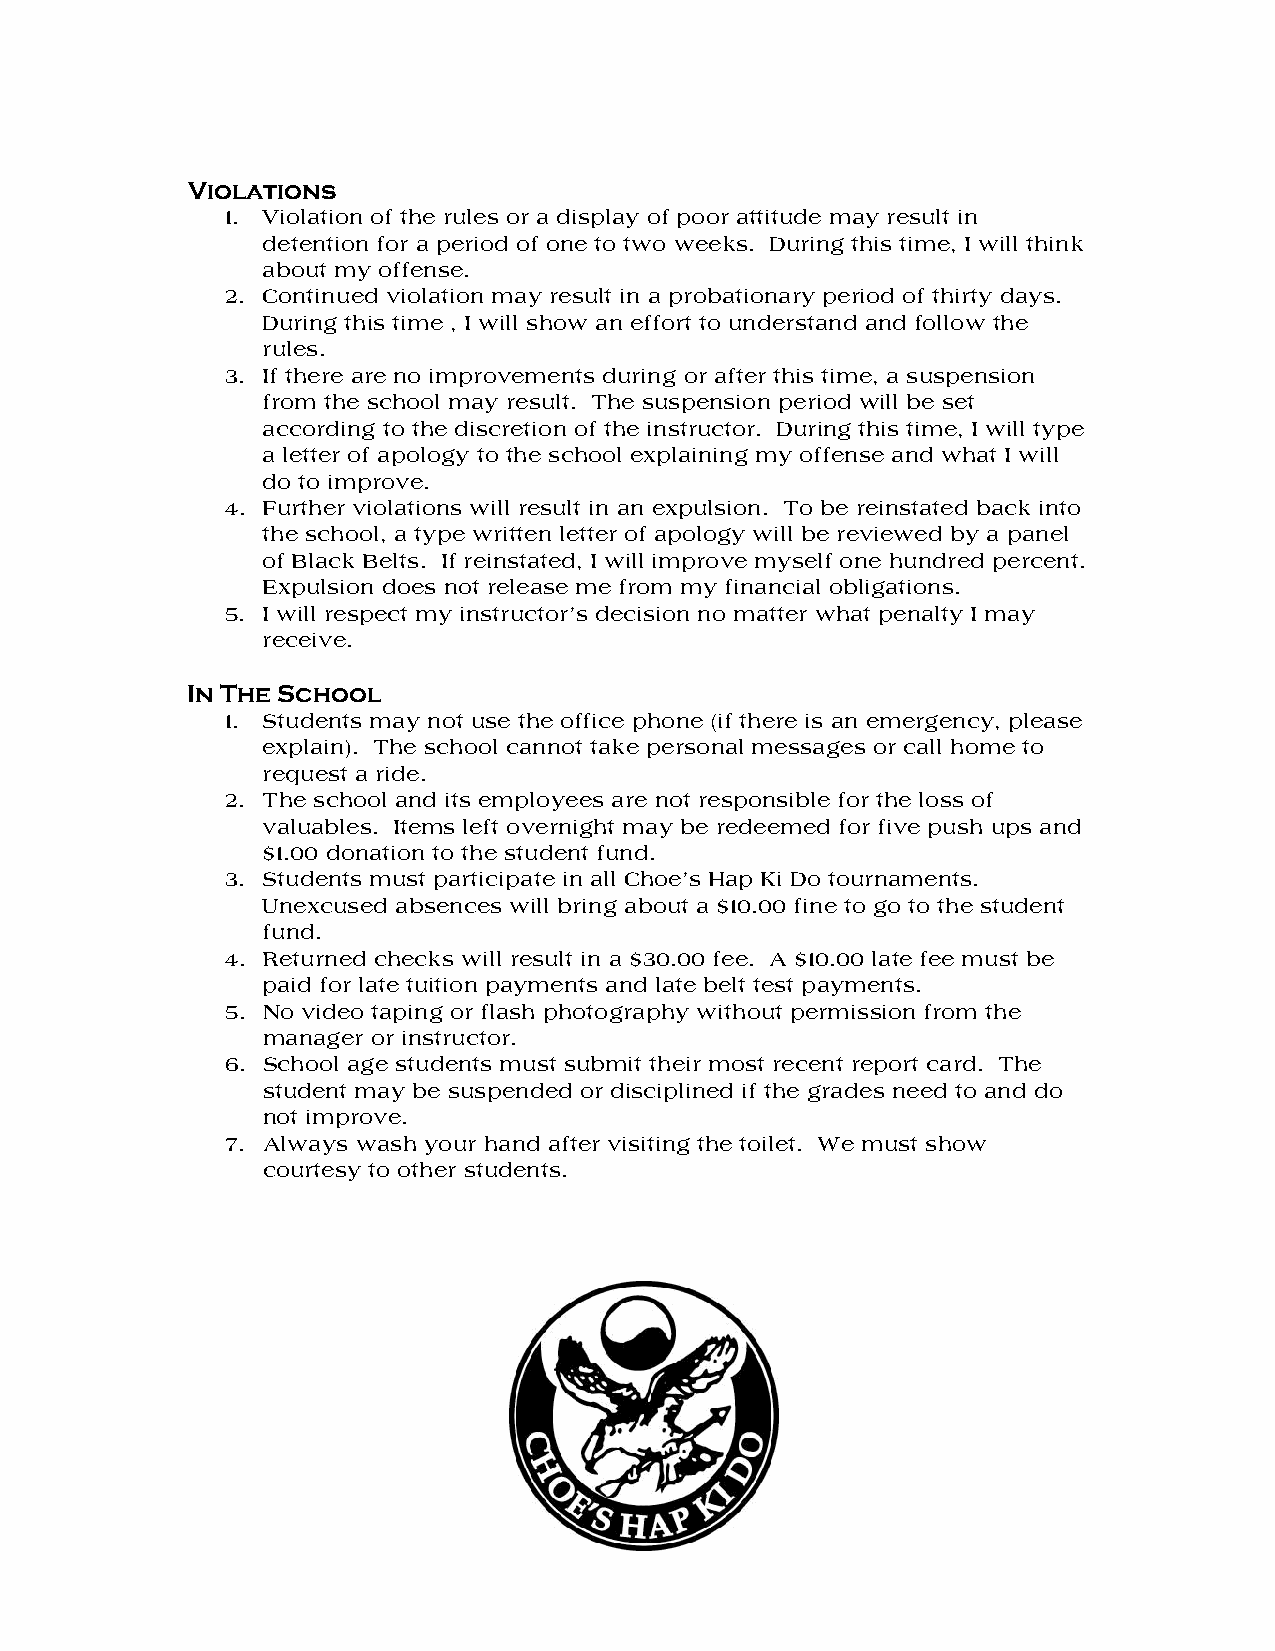
Violations
 1. Violation of the rules or a display of poor attitude may result in
 detention for a period of one to two weeks. During this time, I will think
 about my offense.
 2. Continued violation may result in a probationary period of thirty days.
 During this time , I will show an effort to understand and follow the
 rules.
 3. If there are no improvements during or after this time, a suspension
 from the school may result. The suspension period will be set
 according to the discretion of the instructor. During this time, I will type
 a letter of apology to the school explaining my offense and what I will
 do to improve.
 4. Further violations will result in an expulsion. To be reinstated back into
 the school, a type written letter of apology will be reviewed by a panel
 of Black Belts. If reinstated, I will improve myself one hundred percent.
 Expulsion does not release me from my financial obligations.
 5. I will respect my instructor’s decision no matter what penalty I may
 receive.
 In The School
 1. Students may not use the office phone (if there is an emergency, please
 explain). The school cannot take personal messages or call home to
 request a ride.
 2. The school and its employees are not responsible for the loss of
 valuables. Items left overnight may be redeemed for five push ups and
 $1.00 donation to the student fund.
 3. Students must participate in all Choe’s Hap Ki Do tournaments.
 Unexcused absences will bring about a $10.00 fine to go to the student
 fund.
 4. Returned checks will result in a $30.00 fee. A $10.00 late fee must be
 paid for late tuition payments and late belt test payments.
 5. No video taping or flash photography without permission from the
 manager or instructor.
 6. School age students must submit their most recent report card. The
 student may be suspended or disciplined if the grades need to and do
 not improve.
 7. Always wash your hand after visiting the toilet. We must show
 courtesy to other students.